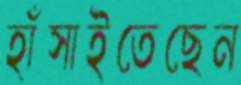
হাঁসাইতেছেন